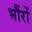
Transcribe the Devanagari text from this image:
भौंरों